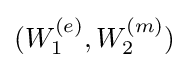
(W_{1}^{(e)},W_{2}^{(m)})